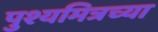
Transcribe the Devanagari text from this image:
पुश्यमित्रच्या